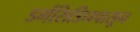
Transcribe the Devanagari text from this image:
डर्मसिडिनपासून